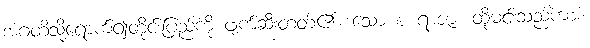
အဂတိသို့ရောက်၍တိုင်းပြည်ကို ဖျက်ဆီးတတ်၏။ သော စ ရာဇာ၊ ထိုမင်းသည်ကား။